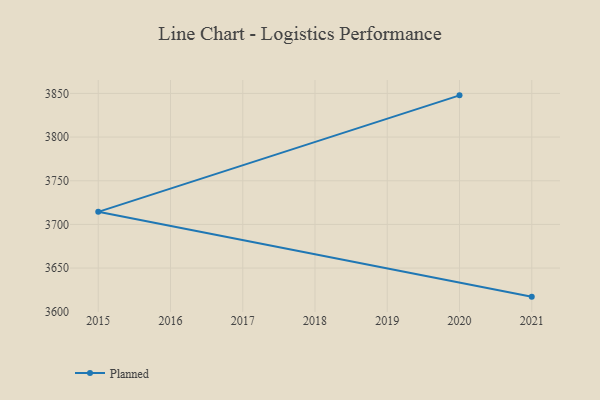
{"axis": {"x": "Year", "y": "Production Output"}, "legend": ["Planned"], "data": [{"x": "2021", "y": 3617.3, "type": "Planned"}, {"x": "2015", "y": 3714.4, "type": "Planned"}, {"x": "2020", "y": 3847.8, "type": "Planned"}]}